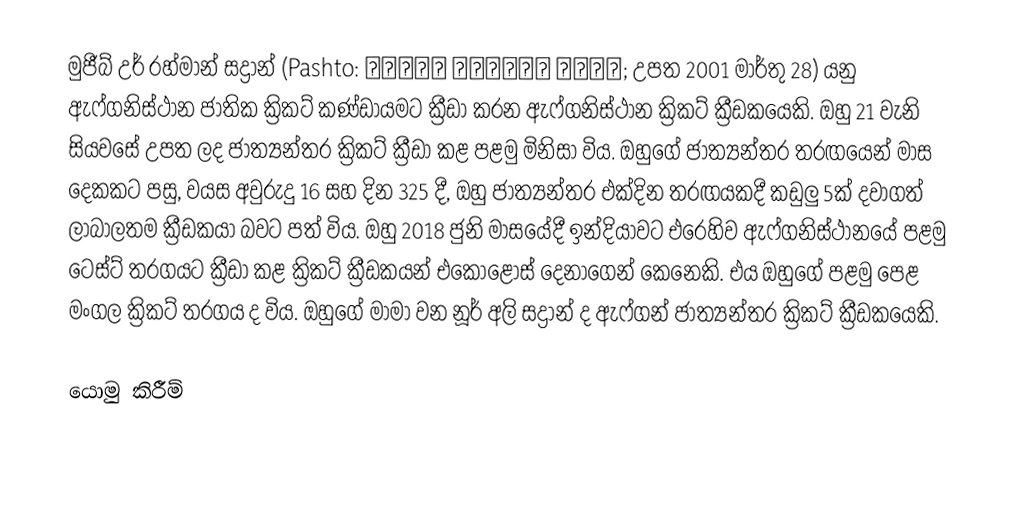
මුජීබ් උර් රහ්මාන් සද්‍රාන් (Pashto: مجیب الرحمن ځدراڼ; උපත 2001 මාර්තු 28) යනු ඇෆ්ගනිස්ථාන ජාතික ක්‍රිකට් කණ්ඩායමට ක්‍රීඩා කරන ඇෆ්ගනිස්ථාන ක්‍රිකට් ක්‍රීඩකයෙකි. ඔහු 21 වැනි සියවසේ උපත ලද ජාත්‍යන්තර ක්‍රිකට් ක්‍රීඩා කළ පළමු මිනිසා විය. ඔහුගේ ජාත්‍යන්තර තරඟයෙන් මාස දෙකකට පසු, වයස අවුරුදු 16 සහ දින 325 දී, ඔහු ජාත්‍යන්තර එක්දින තරඟයකදී කඩුලු 5ක් දවාගත් ලාබාලතම ක්‍රීඩකයා බවට පත් විය. ඔහු 2018 ජුනි මාසයේදී ඉන්දියාවට එරෙහිව ඇෆ්ගනිස්ථානයේ පළමු ටෙස්ට් තරගයට ක්‍රීඩා කළ ක්‍රිකට් ක්‍රීඩකයන් එකොළොස් දෙනාගෙන් කෙනෙකි. එය ඔහුගේ පළමු පෙළ මංගල ක්‍රිකට් තරගය ද විය. ඔහුගේ මාමා වන නූර් අලි සද්‍රාන් ද ඇෆ්ගන් ජාත්‍යන්තර ක්‍රිකට් ක්‍රීඩකයෙකි.

යොමු කිරීම්